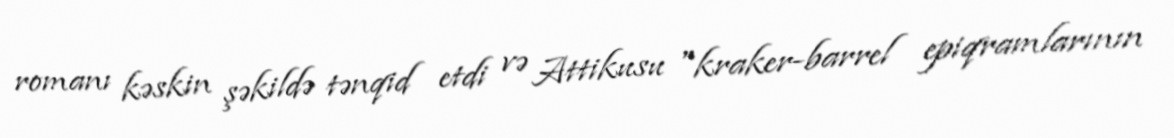
romanı kəskin şəkildə tənqid etdi və Attikusu "kraker-barrel epiqramlarının